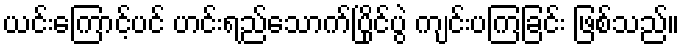
ယင်းကြောင့်ပင် ဟင်းရည်သောက်ပြိုင်ပွဲ ကျင်းပကြခြင်း ဖြစ်သည်။